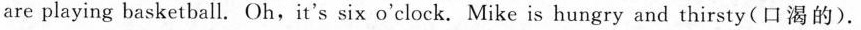
are playing basketball. Oh,it's six o'clock. Mike is hungry and thirsty(口渴的).